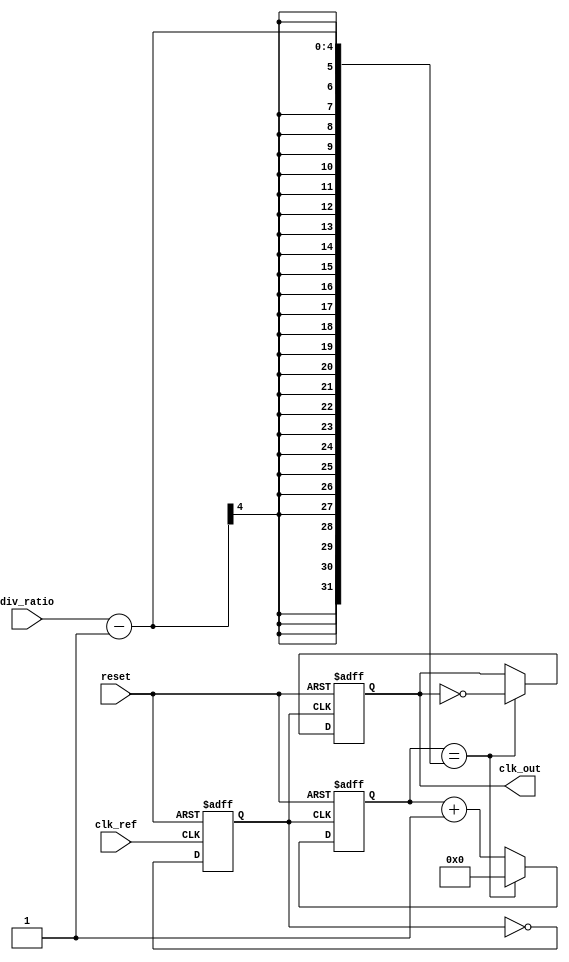
module low_jitter_pll (
    input wire clk_ref,          // Reference clock input
    input wire reset,            // Asynchronous reset
    input wire [3:0] div_ratio,  // Division ratio for frequency divider
    output reg clk_out           // Output clock signal
);

    // Parameters for the PLL
    parameter N = 4;             // Default division ratio
    parameter VCO_MAX_FREQ = 100; // Max frequency for VCO (in MHz)
    parameter VCO_MIN_FREQ = 10;  // Min frequency for VCO (in MHz)

    // Internal signals
    reg [3:0] phase_error;       // Phase error signal from PD
    reg [7:0] control_voltage;    // Control voltage for VCO
    reg [7:0] vco_freq;           // VCO frequency
    reg [3:0] divider_count;      // Counter for frequency divider
    reg clk_vco;                  // VCO clock output

    // Phase Detector (PD)
    always @(posedge clk_ref or posedge reset) begin
        if (reset) begin
            phase_error <= 0;
        end else begin
            // Simple phase comparison logic (for illustration)
            if (clk_out) begin
                phase_error <= phase_error + 1; // Increment error
            end else begin
                phase_error <= phase_error - 1; // Decrement error
            end
        end
    end

    // Loop Filter (LF)
    always @(posedge clk_ref or posedge reset) begin
        if (reset) begin
            control_voltage <= 0;
        end else begin
            // Simple first-order filter (for illustration)
            control_voltage <= control_voltage + phase_error;
            // Clamp control voltage to VCO limits
            if (control_voltage > VCO_MAX_FREQ) begin
                control_voltage <= VCO_MAX_FREQ;
            end else if (control_voltage < VCO_MIN_FREQ) begin
                control_voltage <= VCO_MIN_FREQ;
            end
        end
    end

    // Voltage-Controlled Oscillator (VCO)
    always @(posedge clk_ref or posedge reset) begin
        if (reset) begin
            vco_freq <= VCO_MIN_FREQ;
            clk_vco <= 0;
        end else begin
            // Adjust VCO frequency based on control voltage
            vco_freq <= VCO_MIN_FREQ + control_voltage; // Simple linear relationship
            // Generate VCO clock (for illustration)
            clk_vco <= ~clk_vco; // Toggle clock
        end
    end

    // Frequency Divider (N)
    always @(posedge clk_vco or posedge reset) begin
        if (reset) begin
            divider_count <= 0;
            clk_out <= 0;
        end else begin
            if (divider_count == div_ratio - 1) begin
                clk_out <= ~clk_out; // Toggle output clock
                divider_count <= 0;   // Reset counter
            end else begin
                divider_count <= divider_count + 1; // Increment counter
            end
        end
    end

endmodule